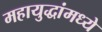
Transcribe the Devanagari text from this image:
महायुद्धांमध्ये